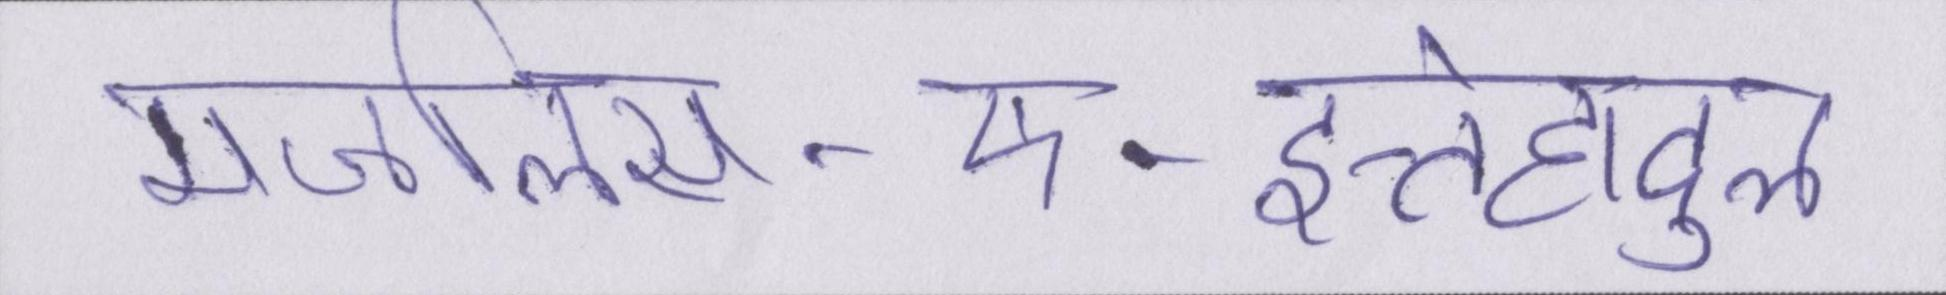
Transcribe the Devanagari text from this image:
मजलिस-ए-इत्तेहादुल